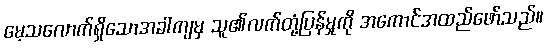
မေ့သလောက်ရှိသောအခါကျမှ သူ၏လက်တုံ့ပြန်မှုကို အကောင်အထည်ဖော်သည်။